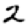
Digit: 2